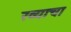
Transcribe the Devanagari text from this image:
रव्याचा